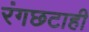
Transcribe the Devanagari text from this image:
रंगछटाही